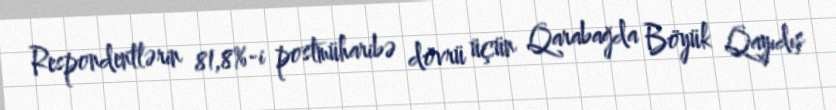
Respondentlərin 81,8%-i postmüharibə dövrü üçün Qarabağda Böyük Qayıdış